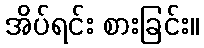
အိပ်ရင်း စားခြင်း။